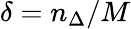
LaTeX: \delta={n_{\Delta}}/{M}